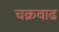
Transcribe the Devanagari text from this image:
चक्रवाढ